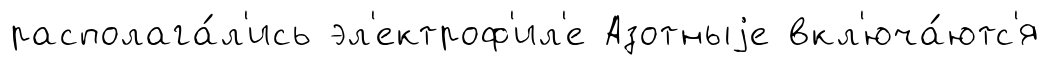
располага́л'ись эл'ектроф'ил'е Азотныjе вкл'юча́ютс'я